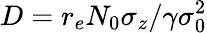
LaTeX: D=r_{e}N_{0}\sigma_{z}/\gamma\sigma_{0}^{2}